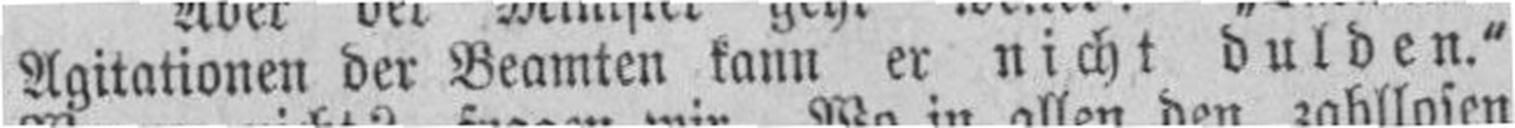
Agitationen der Beamten kann er nicht dulden."